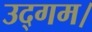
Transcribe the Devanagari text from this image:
उद्गम।